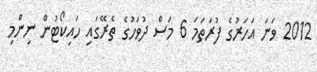
2012 ވަނަ އަހަރުގެ ފުރަތަމަ 6 މަސް ދުވަހުގެ ތެރޭގައި ހައިކޯޓުން ނިންމި